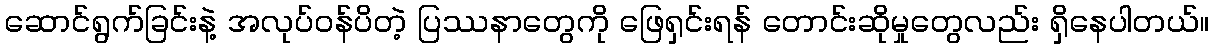
ဆောင်ရွက်ခြင်းနဲ့ အလုပ်ဝန်ပိတဲ့ ပြဿနာတွေကို ဖြေရှင်းရန် တောင်းဆိုမှုတွေလည်း ရှိနေပါတယ်။